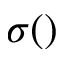
\sigma ( )